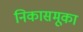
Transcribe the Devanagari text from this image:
निकासमूका